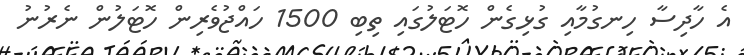
އެ ހާދިސާ ހިނގުމާއި ގުޅިގެން ހޮޓަލުގައި ތިބި 1500 ހައްޖުވެރިން ހޮޓަލުން ނެރުނު